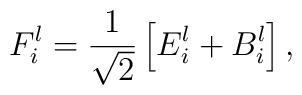
F_i^l=\frac{1}{\sqrt{2}}\left [ E_i^l +  B_i^l\right ],